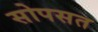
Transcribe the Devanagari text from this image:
सोपसत